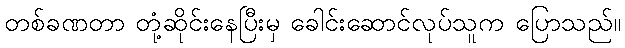
တစ်ခဏတာ တုံ့ဆိုင်းနေပြီးမှ ခေါင်းဆောင်လုပ်သူက ပြောသည်။